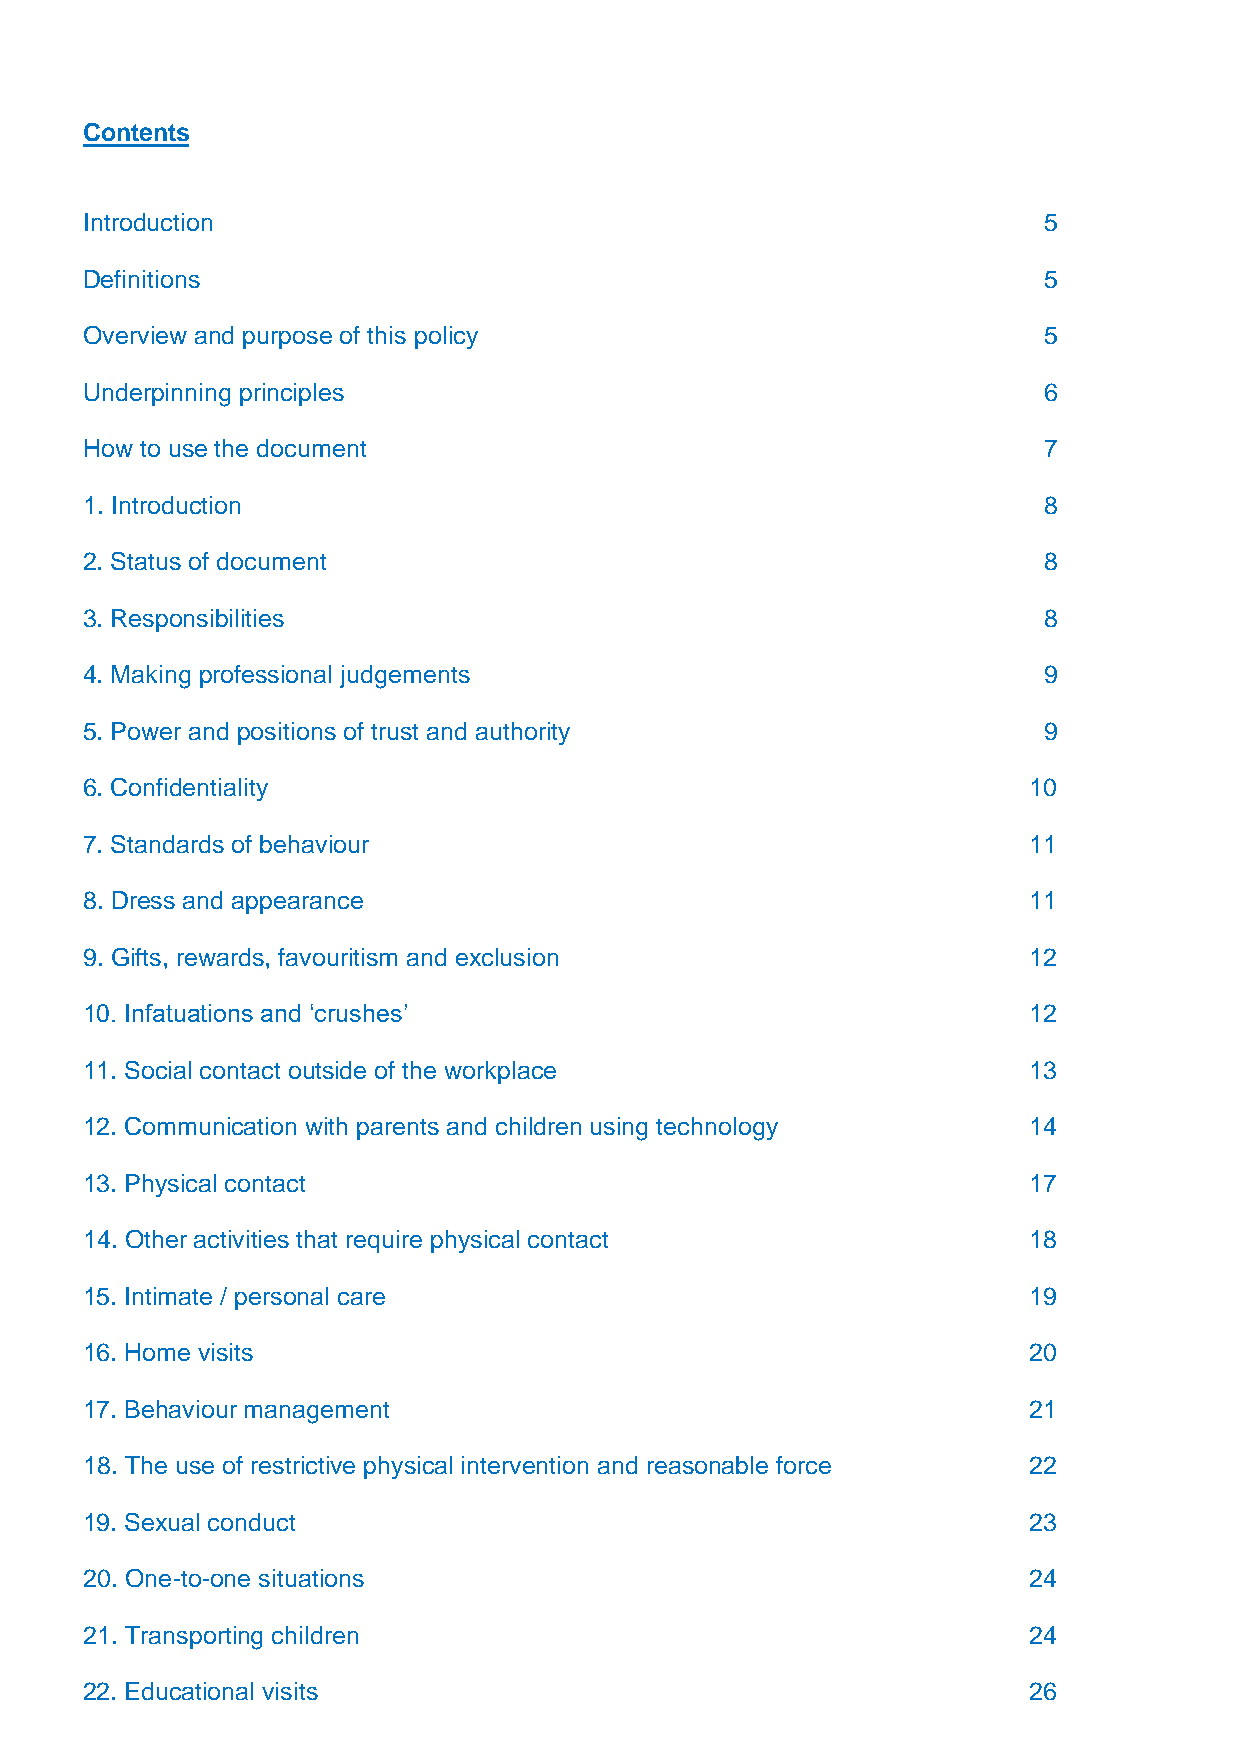
Contents
 Introduction                                                   5
 Definitions                                                    5
 Overview and purpose of this policy                            5
 Underpinning principles                                        6
 How to use the document                                        7
 1. Introduction                                                8
 2. Status of document                                          8
 3. Responsibilities                                            8
 4. Making professional judgements                              9
 5. Power and positions of trust and authority                  9
 6. Confidentiality                                            10
 7. Standards of behaviour                                     11
 8. Dress and appearance                                       11
 9. Gifts, rewards, favouritism and exclusion                  12
 10. Infatuations and ‘crushes’                                12
 11. Social contact outside of the workplace                   13
 12. Communication with parents and children using technology  14
 13. Physical contact                                          17
 14. Other activities that require physical contact            18
 15. Intimate / personal care                                  19
 16. Home visits                                               20
 17. Behaviour management                                      21
 18. The use of restrictive physical intervention and reasonable force 22
 19. Sexual conduct                                            23
 20. One-to-one situations                                     24
 21. Transporting children                                     24
 22. Educational visits                                        26